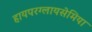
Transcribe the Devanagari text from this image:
हायपरग्लायसेमिया